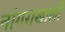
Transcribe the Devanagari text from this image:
नांगराखाली